Sleeping sickness
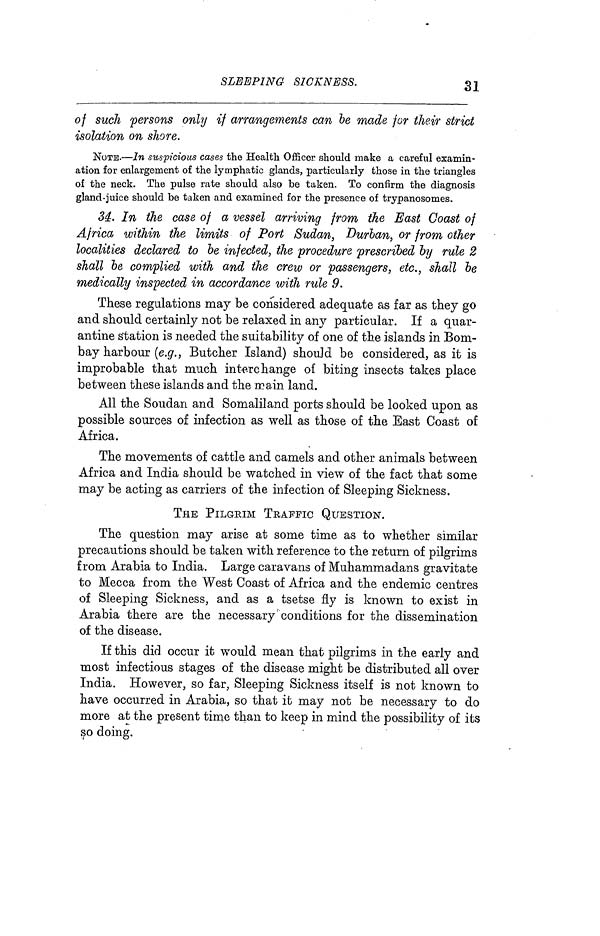
SLEEPING SICKNESS.
31
of sudi persons only if arrangements can be made for their strict
isolation on shore.
NOTE.—In suspicious cases the Health Officer should make a careful examin-
ation for enlargement of the lymphatic glands, particularly those in the triangles
of the neck. The pulse rate should also be taken. To confirm the diagnosis
gland-juice should be taken and examined for the presence of trypanosomes.
34. In the case of a vessel arriving from the East Coast of
Africa within the limits of Port Sudan, Durian, or from other
localities declared to be infected, the procedure prescribed by rule 2
shall be complied with and the crew or passengers, etc., shall be
medically inspected in accordance with rule 9.
These regulations may be considered adequate as far as they go
and should certainly not be relaxed in any particular. If a quar-
antine station is needed the suitability of one of the islands in Bom-
bay harbour (e.g., Butcher Island) should be considered, as it is
improbable that much interchange of biting insects takes place
between these islands and the main land.
All the Soudan and Somaliland ports should be looked upon as
possible sources of infection as well as those of the East Coast of
Africa.
The movements of cattle and camels and other animals between
Africa and India should be watched in view of the fact that some
may be acting as carriers of the infection of Sleeping Sickness.
THE PILGRIM TRAFFIC QUESTION.
The question may arise at some time as to whether similar
precautions should be taken with reference to the return of pilgrims
from Arabia to India. Large caravans of Muhammadans gravitate
to Mecca from the West Coast of Africa and the endemic centres
of Sleeping Sickness, and as a tsetse fly is known to exist in
Arabia there are the necessary conditions for the dissemination
of the disease.
If this did occur it would mean that pilgrims in the early and
most infectious stages of the disease might be distributed all over
India. However, so far, Sleeping Sickness itself is not known to
have occurred in Arabia, so that it may not be necessary to do
more at the present time than to keep in mind the possibility of its
so doing.